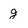
Character: g